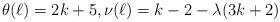
LaTeX: \begin{align*}\theta(\ell)=2k+5, \nu(\ell)=k-2-\lambda(3k+2)\end{align*}